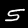
Label: 5